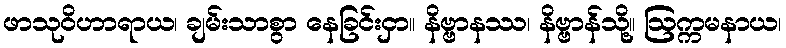
ဖာသုဝိဟာရာယ၊ ချမ်းသာစွာ နေခြင်းငှာ။ နိဗ္ဗာနဿ၊ နိဗ္ဗာန်သို့။ ဩက္ကမနာယ၊